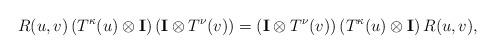
LaTeX: \begin{align*} R(u,v) \left( T^\kappa(u)\otimes\mathbf{I} \right) \left( \mathbf{I}\otimes T^\nu(v) \right) = \left( \mathbf{I}\otimes T^\nu(v) \right) \left( T^\kappa(u)\otimes\mathbf{I} \right) R(u,v) ,\end{align*}